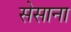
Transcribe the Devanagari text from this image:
सेसाना